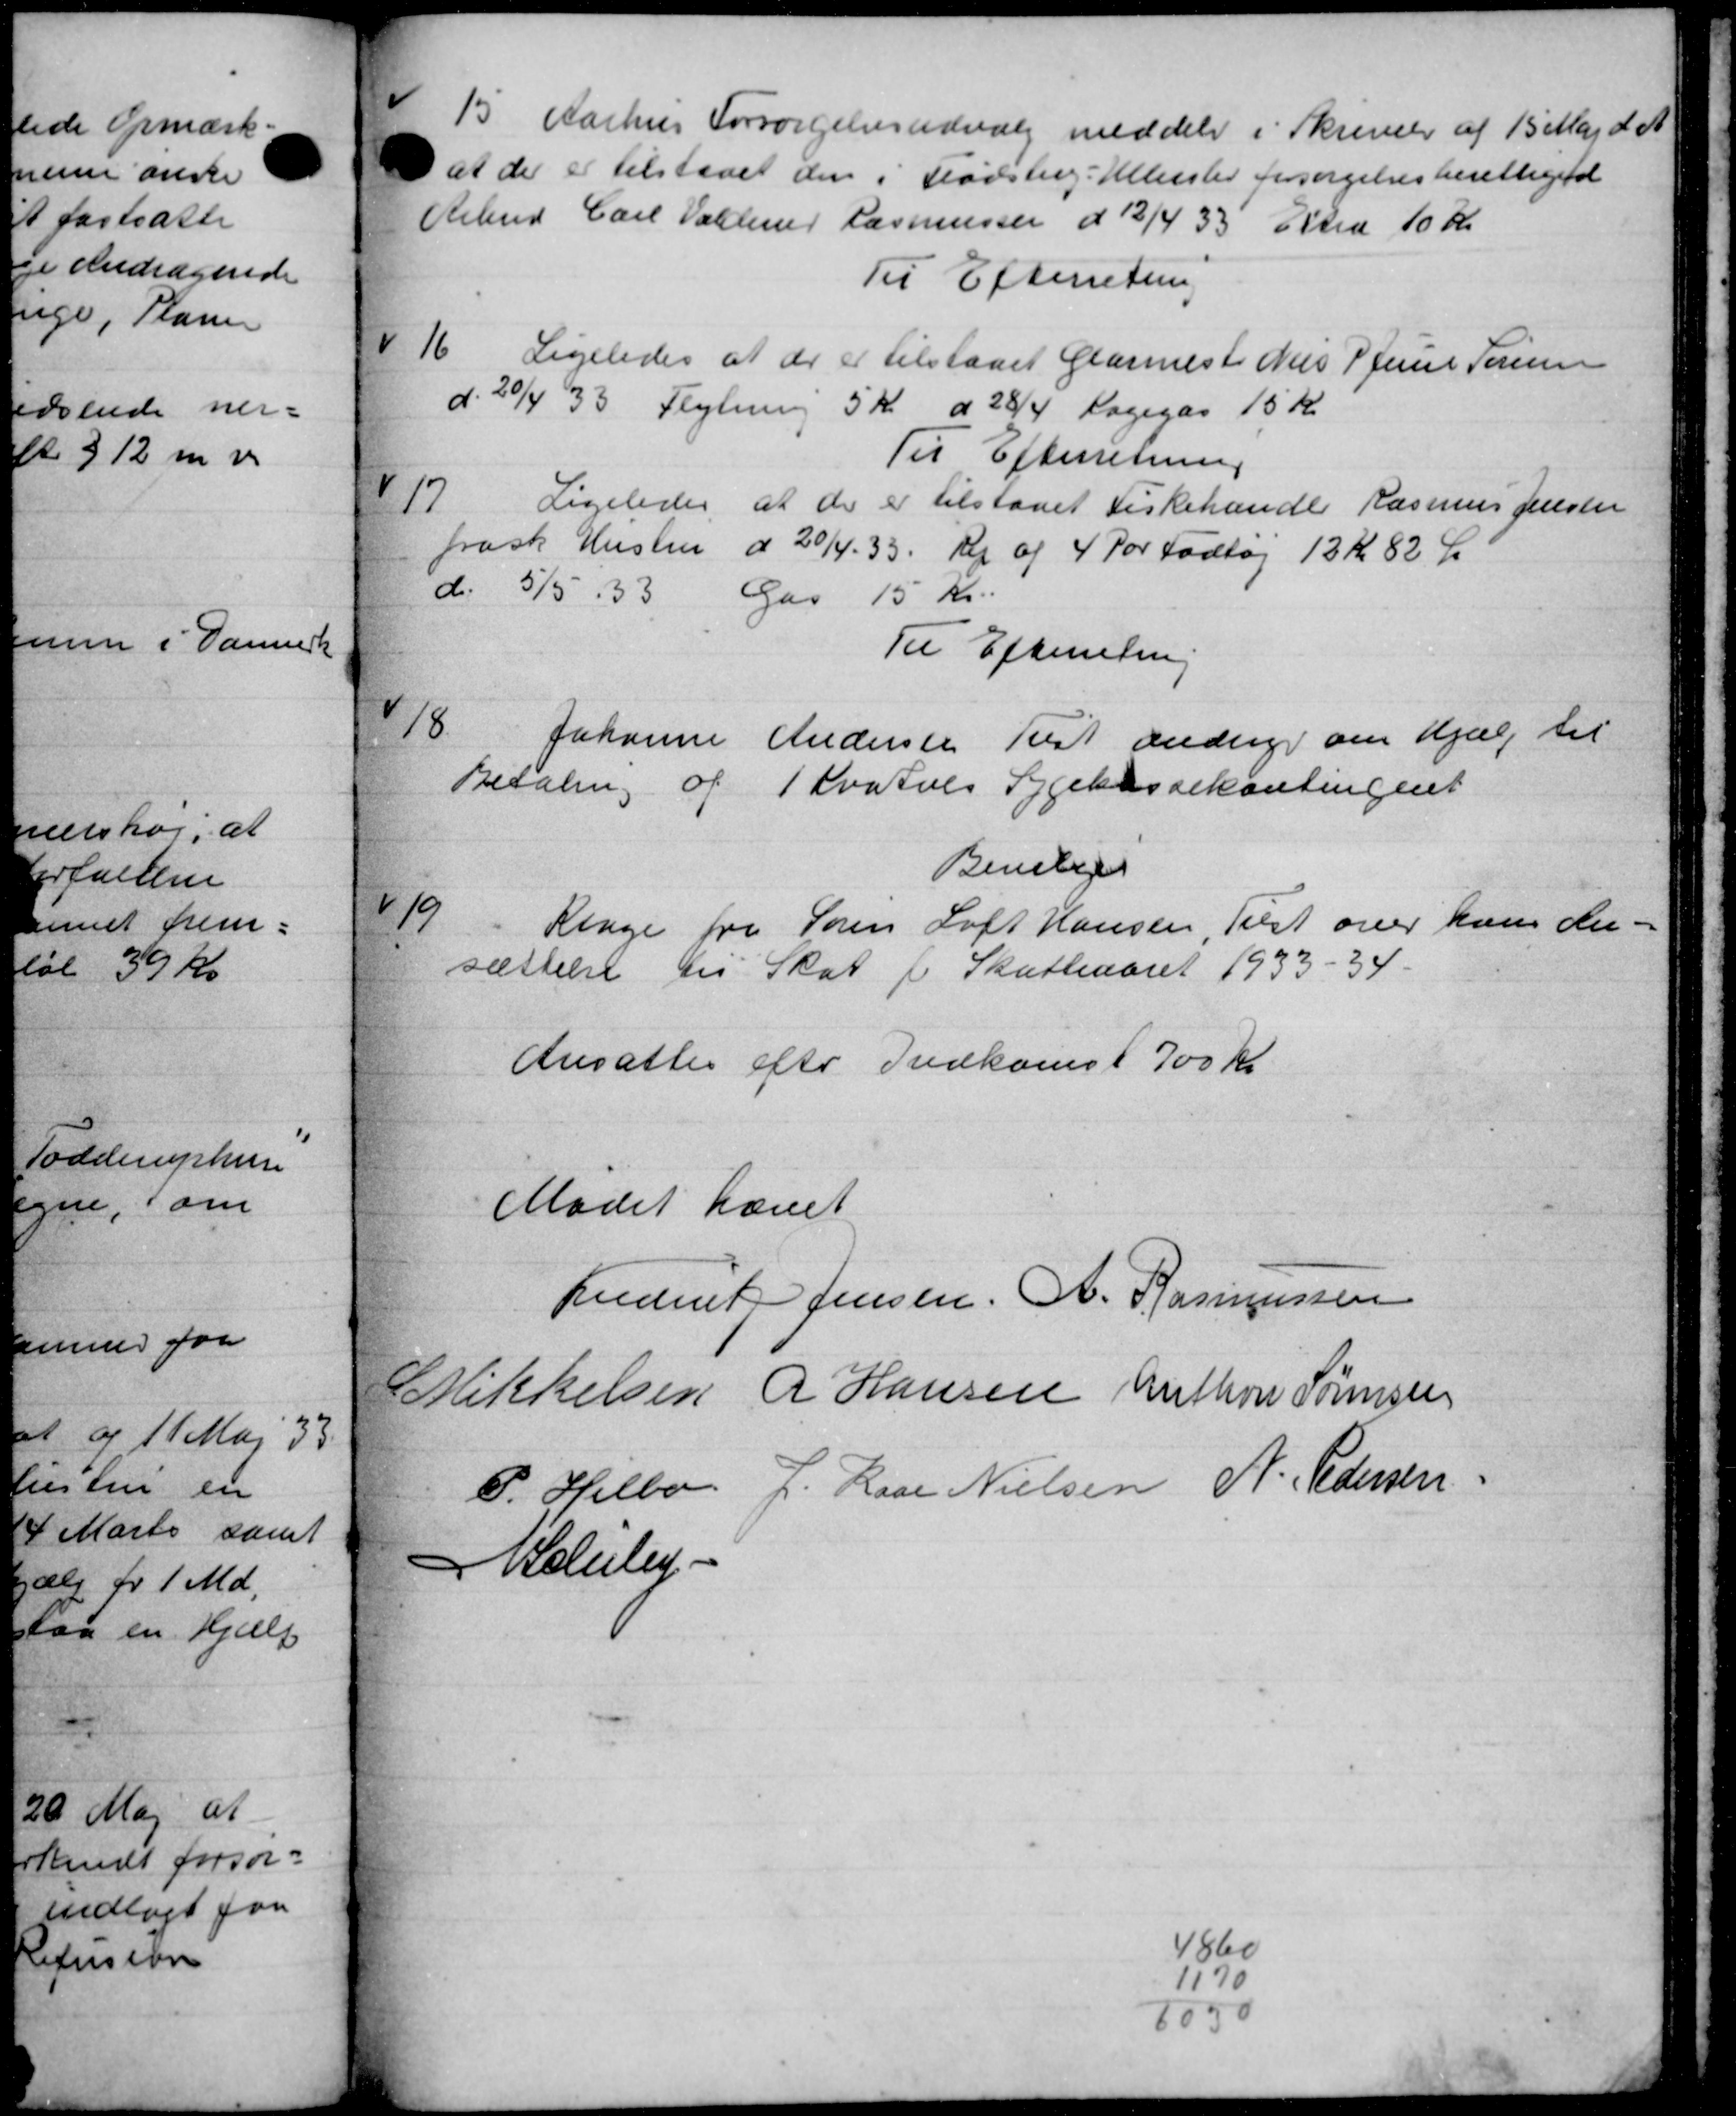
Transskription:
15
Aarhus Forsørgelsesudvalg meddeler i Skrivelse af 15 Maj d. A.
 at der er tilstaaet den i Fødslerg - Ullersted forsørgelsesberettigetet
Arbmd Carl Valder Rasmussen d 13/4 33. Elsted 10 Kr.
Til Efterretning
16
Ligeledes at der er tilstaaet Glarmest Niels P. Juni Teresen
d. 20/4 33 Flytning 5 Kr d 28/4 Lagegas 15 Kr.
Til Efterretning
17.
Ligeledes at der er tilstaaet Fiskehandle Rasmus Jensen
frask Hustru d 20/4 - 33 Kr af 4 for Fodtøj 13 Kr. 82 Ø
d. 5/5 33 Gas 15 Kr.
Til Efterretning
18
Johanne Andersen Rest andrager om Hjælp til
Betaling af 1 Kvartals Sygekassekontingent
Bevilges
19
Klage fra Søren Loft Hansen Tilst over hans An-
sættelse til Skat i Skatteaaret 1933 - 34.
Ansættes efter Indkomst 700 Kr
Mødet hævet
Fredent Jensen, A. Rasmussen
M Mikkelsen R Hansen Mutton Sørensen
P. Helbo J. Lars Nielsen N. Pedersen
Baluley-
4860
1170
8050